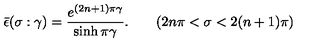
\bar { \epsilon } ( \sigma : \gamma ) = \frac { e ^ { ( 2 n + 1 ) \pi \gamma } } { \sinh \pi \gamma } . \qquad ( 2 n \pi < \sigma < 2 ( n + 1 ) \pi )